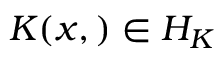
K ( x , ) \in { \cal { H } } _ { K }